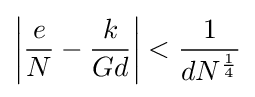
\left\vert {\frac {e}{N}}-{\frac {k}{Gd}}\right\vert <{\frac {1}{dN^{\frac {1}{4}}}}